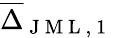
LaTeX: \overline{{\Delta}}_{\mathrm{~J~M~L~,~1~}}